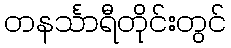
တနင်္သာရီတိုင်းတွင်